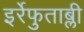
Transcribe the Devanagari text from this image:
इर्रेफुताब्ली